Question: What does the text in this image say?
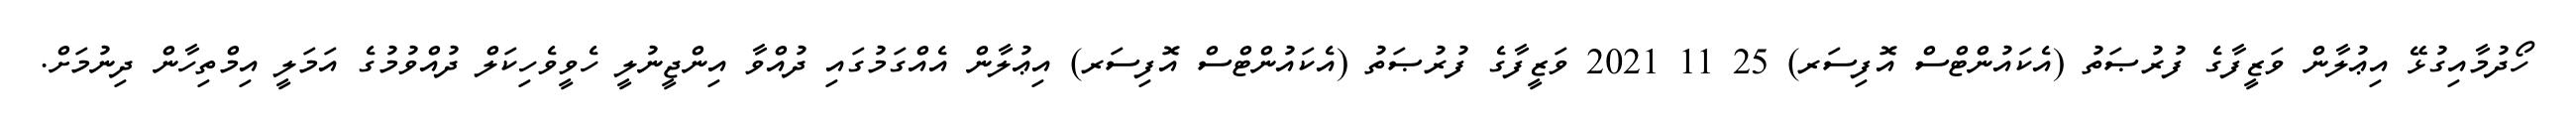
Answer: ހޯދުމާއިގުޅޭ އިޢުލާން ވަޒީފާގެ ފުރުޞަތު (އެކައުންޓްސް އޮފިސަރ) 25 11 2021 ވަޒީފާގެ ފުރުޞަތު (އެކައުންޓްސް އޮފިސަރ) އިޢުލާން އެއްގަމުގައި ދުއްވާ އިންޖީނުލީ ހެވީވެހިކަލް ދުއްވުމުގެ އަމަލީ އިމްތިހާން ދިނުމަށް.